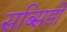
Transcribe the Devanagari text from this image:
सब्सिडी